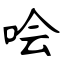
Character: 哙